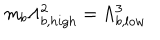
m _ { b } \Lambda _ { b , h i g h } ^ { 2 } = \Lambda _ { b , l o w } ^ { 3 }